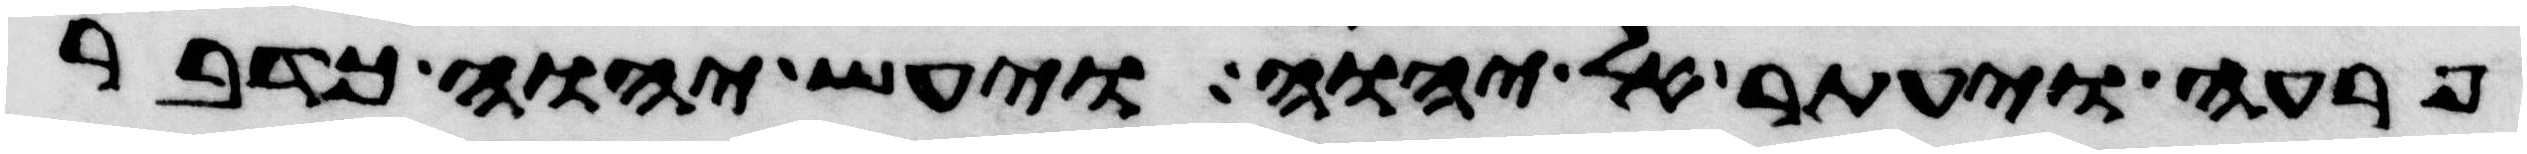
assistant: פרעה ויעתר אל יהוה ויעש יהוה כדבר